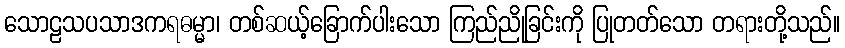
သောဠသပသာဒကရဓမ္မာ၊ တစ်ဆယ့်ခြောက်ပါးသော ကြည်ညိုခြင်းကို ပြုတတ်သော တရားတို့သည်။